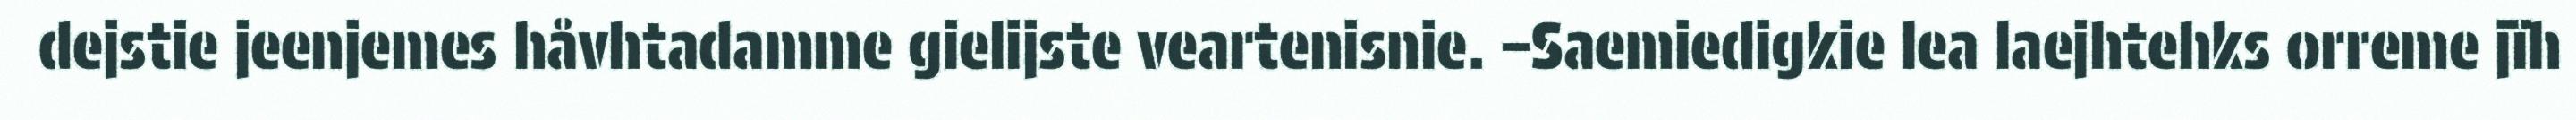
dejstie jeenjemes håvhtadamme gielijste veartenisnie. –Saemiedigkie lea laejhtehks orreme jïh